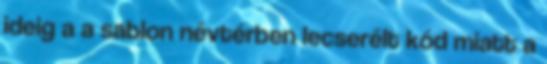
ideig a a sablon névtérben lecserélt kód miatt a